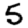
Digit: 5